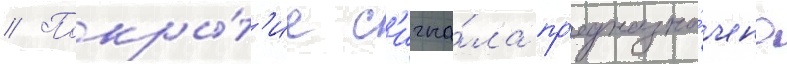
// Покры́т'ие с'игна́ла пр'едназна́чено